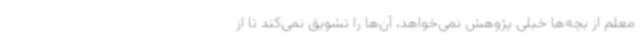
معلم از بچه‌ها خیلی پژوهش نمی‌خواهد، آن‌ها را تشویق نمی‌کند تا از